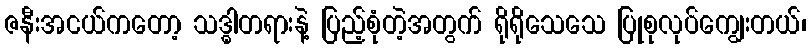
ဇနီးအငယ်ကတော့ သဒ္ဓါတရားနဲ့ ပြည့်စုံတဲ့အတွက် ရိုရိုသေသေ ပြုစုလုပ်ကျွေးတယ်၊